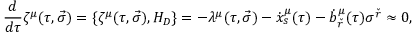
{ \frac { d } { d \tau } } \zeta ^ { \mu } ( \tau , \vec { \sigma } ) = \lbrace \zeta ^ { \mu } ( \tau , \vec { \sigma } ) , H _ { D } \rbrace = - \lambda ^ { \mu } ( \tau , \vec { \sigma } ) - { \dot { x } } _ { s } ^ { \mu } ( \tau ) - { \dot { b } } _ { \check { r } } ^ { \mu } ( \tau ) \sigma ^ { \check { r } } \approx 0 ,